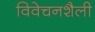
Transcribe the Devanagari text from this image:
विवेचनशैली